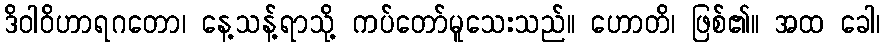
ဒိဝါဝိဟာရဂတော၊ နေ့သန့်ရာသို့ ကပ်တော်မူသေးသည်။ ဟောတိ၊ ဖြစ်၏။ အထ ခေါ၊